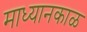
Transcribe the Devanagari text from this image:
माध्यानकाळ